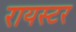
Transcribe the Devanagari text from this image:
रायस्टर